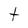
Character: t